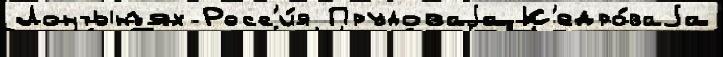
Лонтынъях Росс'и́я Прудоваjа К'едро́ваjа